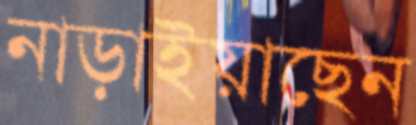
নাড়াইয়াছেন